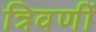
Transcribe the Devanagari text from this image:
त्रिवर्णी